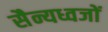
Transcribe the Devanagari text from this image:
सैन्यध्वजों